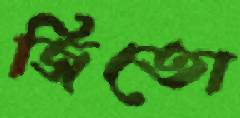
জিতো